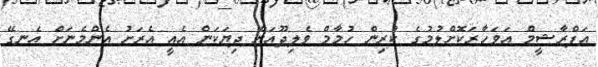
އަފްރާޝީމް އަވަހާރަކޮށްލުމުގެ ކުރިން ހުމާމް ވެލިދޫއަށް ދިޔަކަން އެއީ އެރަށު އެންމެނަށް އެނގޭ